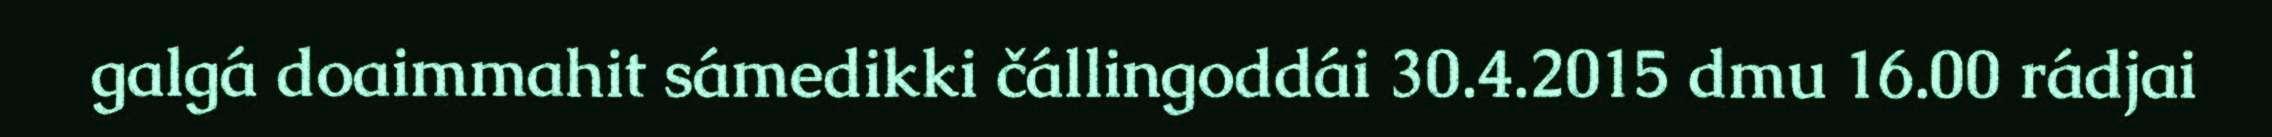
galgá doaimmahit sámedikki čállingoddái 30.4.2015 dmu 16.00 rádjai